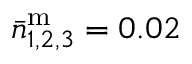
\bar { n } _ { 1 , 2 , 3 } ^ { \mathrm { m } } = 0 . 0 2